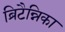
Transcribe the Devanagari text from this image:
ब्रिटैन्निका